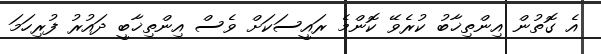
އެ ގޮތުން އިންތިޚާބު ކުރެވޭ ކޮންމެ ރައީސަކަށް ވެސް އިންތިޚާބީ ދައުރު ފުރިހަމަ